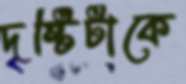
দৃষ্টিটাকে